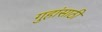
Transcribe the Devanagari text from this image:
गुहांसाठी